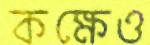
কক্ষেও